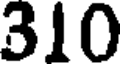
310